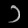
Digit: ၁